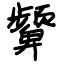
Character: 颦